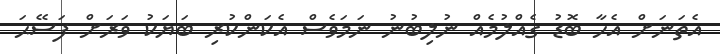
އެތަނަށް އެހާ ބޮޑު ގެއްލުމެއް ނުލިބުނު ނަމަވެސް އެކަންކުރި ބަޔަކު ވަރަށް ފަސޭޙަ